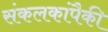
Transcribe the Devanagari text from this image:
संकलकांपैकी